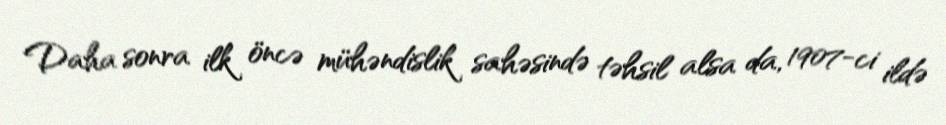
Daha sonra ilk öncə mühəndislik sahəsində təhsil alsa da, 1907-ci ildə